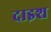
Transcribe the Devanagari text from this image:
दाइश